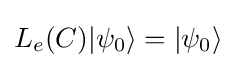
L_{e}(C)|\psi _{0}\rangle =|\psi _{0}\rangle